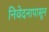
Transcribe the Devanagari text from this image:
निवेदनापासून